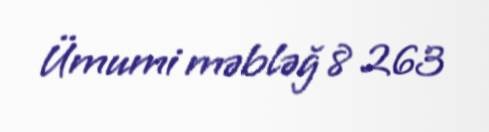
Ümumi məbləğ 8 263